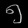
Digit: ၅